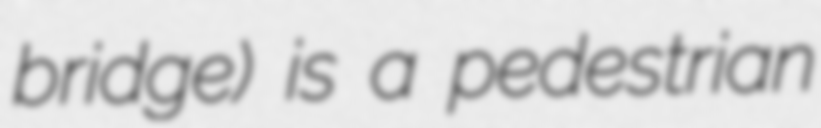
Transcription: bridge) is a pedestrian